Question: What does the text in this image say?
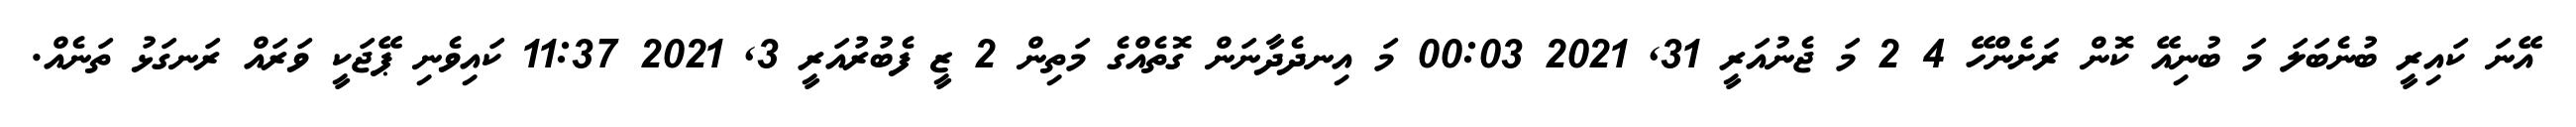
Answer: އޭނަ ކައިރީ ބުނެބަލަ މަ ބުނިއޭ ކޮން ރަށެންހޭ 4 2 މަ ޖެނުއަރީ 31, 2021 00:03 މަ އިނދެދާނަން ގޮތެއްގެ މަތިން 2 ޒީ ފެބުރުއަރީ 3, 2021 11:37 ކައިވެނި ޕޭޖަކީ ވަރައް ރަނގަޅު ތަނެއް.